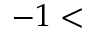
- 1 <